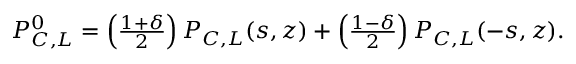
\begin{array} { r } { P _ { C , L } ^ { 0 } = \left( \frac { 1 + \delta } { 2 } \right) { \cal P } _ { C , L } ( s , z ) + \left( \frac { 1 - \delta } { 2 } \right) { \cal P } _ { C , L } ( - s , z ) . } \end{array}